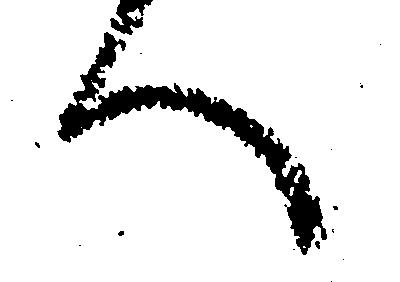
へ